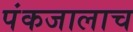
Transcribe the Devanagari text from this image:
पंकजालाच